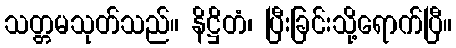
သတ္တမသုတ်သည်။ နိဋ္ဌိတံ၊ ပြီးခြင်းသို့ရောက်ပြီ။